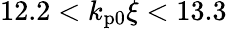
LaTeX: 12.2<k_{\mathrm{p0}}\xi<13.3